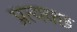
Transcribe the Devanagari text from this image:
प्रत्यक्छ